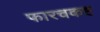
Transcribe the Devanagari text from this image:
फारचकष्ट